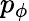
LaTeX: p_{\phi}